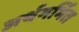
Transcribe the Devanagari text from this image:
अर्थगर्भित